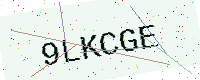
Text: 9LKCGE